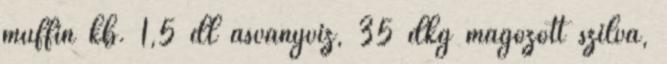
muffin kb. 1,5 dl ásványvíz, 35 dkg magozott szilva,